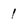
Character: 1